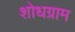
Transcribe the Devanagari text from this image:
शोधग्राम